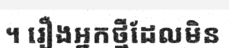
។ រឿងអ្នកថ្មីដែលមិន